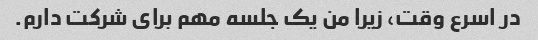
در اسرع وقت، زیرا من یک جلسه مهم برای شرکت دارم.